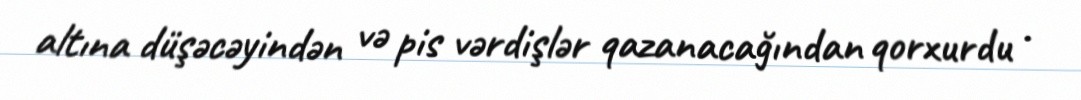
altına düşəcəyindən və pis vərdişlər qazanacağından qorxurdu .